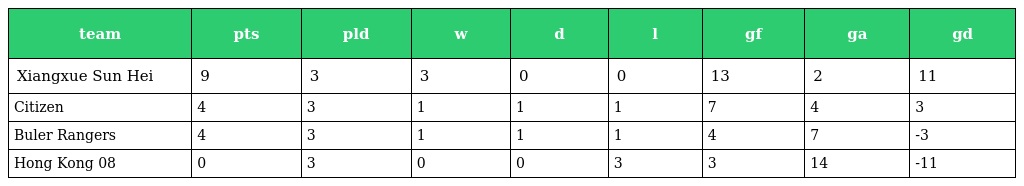
| team | pts | pld | w | d | l | gf | ga | gd |
 | --- | --- | --- | --- | --- | --- | --- | --- | --- |
 | Xiangxue Sun Hei | 9 | 3 | 3 | 0 | 0 | 13 | 2 | 11 |
 | Citizen | 4 | 3 | 1 | 1 | 1 | 7 | 4 | 3 |
 | Buler Rangers | 4 | 3 | 1 | 1 | 1 | 4 | 7 | -3 |
 | Hong Kong 08 | 0 | 3 | 0 | 0 | 3 | 3 | 14 | -11 |